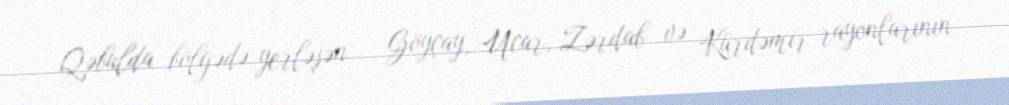
Qəbulda bölgədə yerləşən - Göyçay, Ucar, Zərdab və Kürdəmir rayonlarının